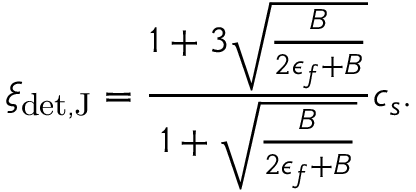
\xi _ { \mathrm { d e t , J } } = { \frac { 1 + 3 \sqrt { \frac { B } { 2 \epsilon _ { f } + B } } } { 1 + \sqrt { \frac { B } { 2 \epsilon _ { f } + B } } } } c _ { s } .